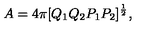
A = 4 \pi [ Q _ { 1 } Q _ { 2 } P _ { 1 } P _ { 2 } ] ^ { \frac { 1 } { 2 } } ,